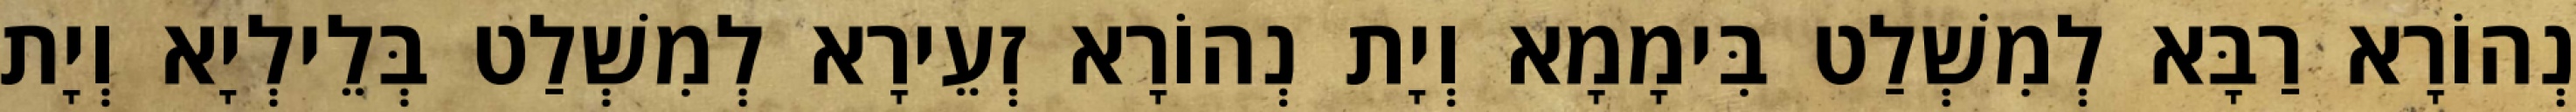
נְהוֹרָא רַבָּא לְמִשְׁלַט בִּימָמָא וְיָת נְהוֹרָא זְעֵירָא לְמִשְׁלַט בְּלֵילְיָא וְיָת